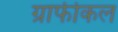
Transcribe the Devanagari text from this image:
ग्राफीकल